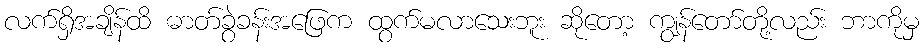
လက်ရှိအချိန်ထိ ဓာတ်ခွဲခန်းအဖြေက ထွက်မလာသေးဘူး ဆိုတော့ ကျွန်တော်တို့လည်း ဘာကိုမှ